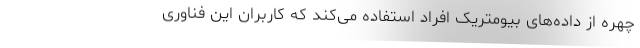
چهره از داده‌های بیومتریک افراد استفاده می‌کند که کاربران این فناوری